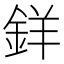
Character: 𨦡